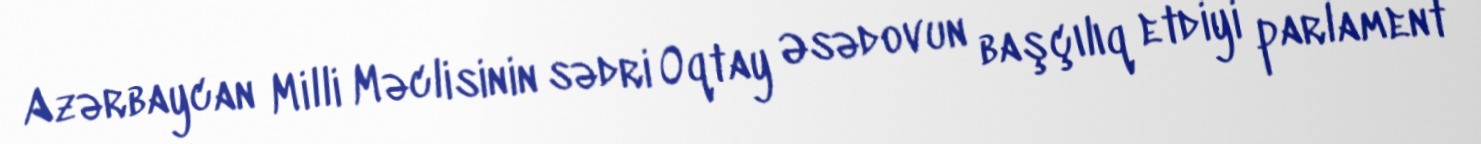
Azərbaycan Milli Məclisinin sədri Oqtay Əsədovun başçılıq etdiyi parlament